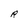
Character: R